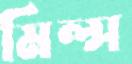
মিল্স